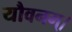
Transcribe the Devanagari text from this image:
यौवनम्।